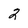
Character: 2